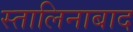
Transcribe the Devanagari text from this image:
स्तालिनाबाद